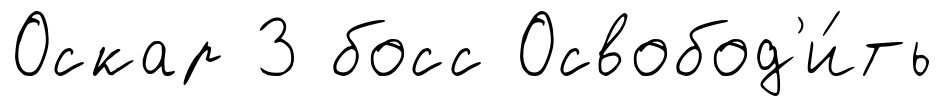
Оскар 3 босс Освобод'и́ть